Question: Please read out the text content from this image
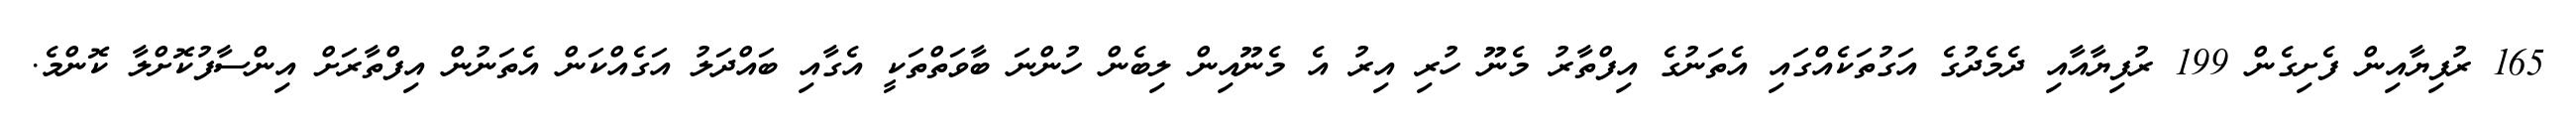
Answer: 165 ރުފިޔާއިން ފެށިގެން 199 ރުފިޔާއާއި ދެމެދުގެ އަގުތަކެއްގައި އެތަނުގެ އިފްތާރު މެނޫ ހުރި އިރު އެ މެނޫއިން ލިބެން ހުންނަ ބާވަތްތަކީ އެގާއި ބައްދަލު އަގެއްކަން އެތަނުން އިފްތާރަށް އިންސާފުކޮށްލާ ކޮންމެ.